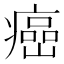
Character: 癌